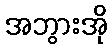
အဘွားအို